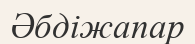
Әбдіжапар